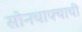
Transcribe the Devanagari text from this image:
सोनचाफ्याची